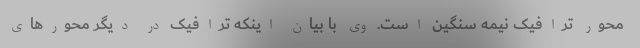
محور ترافیک نیمه سنگین است. وی با بیان اینکه ترافیک در دیگر محورهای